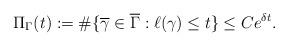
LaTeX: \begin{align*}\Pi_{\Gamma}(t) := \# \{ \overline{\gamma}\in \overline{\Gamma} : \ell(\gamma) \leq t \} \leq Ce^{\delta t}.\end{align*}